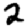
Digit: 2